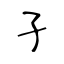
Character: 孑